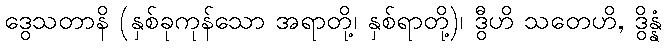
ဒွေသတာနိ (နှစ်ခုကုန်သော အရာတို့၊ နှစ်ရာတို့)၊ ဒွီဟိ သတေဟိ, ဒွိန္နံ